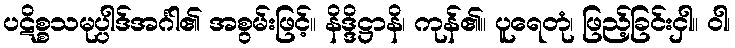
ပဋိစ္စသမုပ္ပါဒ်အင်္ဂါ၏ အစွမ်းဖြင့်။ နိဒ္ဒိဋ္ဌာနိ၊ ကုန်၏။ ပူရေတုံ၊ ဖြည့်ခြင်းငှါ။ ဝါ၊